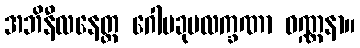
အဘိနီလနေတ္တ ဂေါပခုမလက္ခဏာ ဝဏ္ဏနာ။